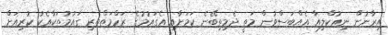
އިރާނުން ނިއުކްލިއާ އެއްބަސްވުން މަތީ ދެމިތިބޭނެ ކަމަށާއި އެގައުމުގެ ރަހްމަތްތެރި ގައުމުތަކާއެކު ކުރިއަށް